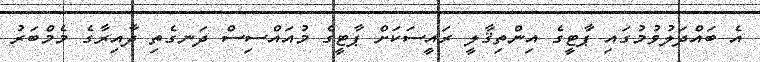
އެ ބައްދަލުވުމުގައި ޕާޓީގެ އިންތިޤާލީ ރައީސަކަށް ޕާޓީގެ މުއައްސިސް ދަނގެތި ދާއިރާގެ މެމްބަރު